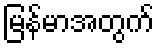
မြန်မာအတွက်